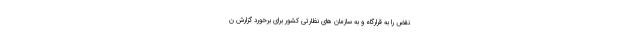
نقض را به قرارگاه و به سازمان های نظارتی کشور برای برخورد گزارش ن